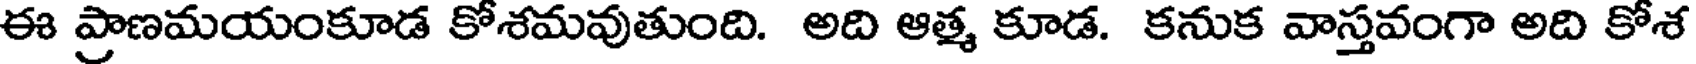
ఈ ప్రాణమయంకూడ కోశమవుతుంది. అది ఆత్మ కూడ. కనుక వాస్తవంగా అది కోశ